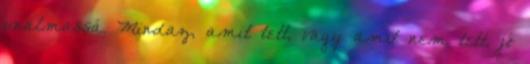
unalmassá. Mindaz, amit tett, vagy amit nem tett, jó